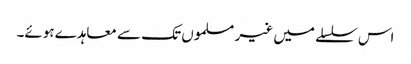
اس سلسلے میں غیر مسلموں تک سے معاہدے ہوئے۔